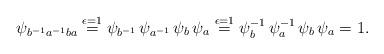
LaTeX: \begin{align*}\psi_{b^{-1}a^{-1}ba}\stackrel{\epsilon=1}{=}\psi_{b^{-1}}\, \psi_{a^{-1}}\, \psi_b\, \psi_a\stackrel{\epsilon=1}{=}\psi_b^{-1}\, \psi_a^{-1}\, \psi_b\, \psi_a = 1.\end{align*}